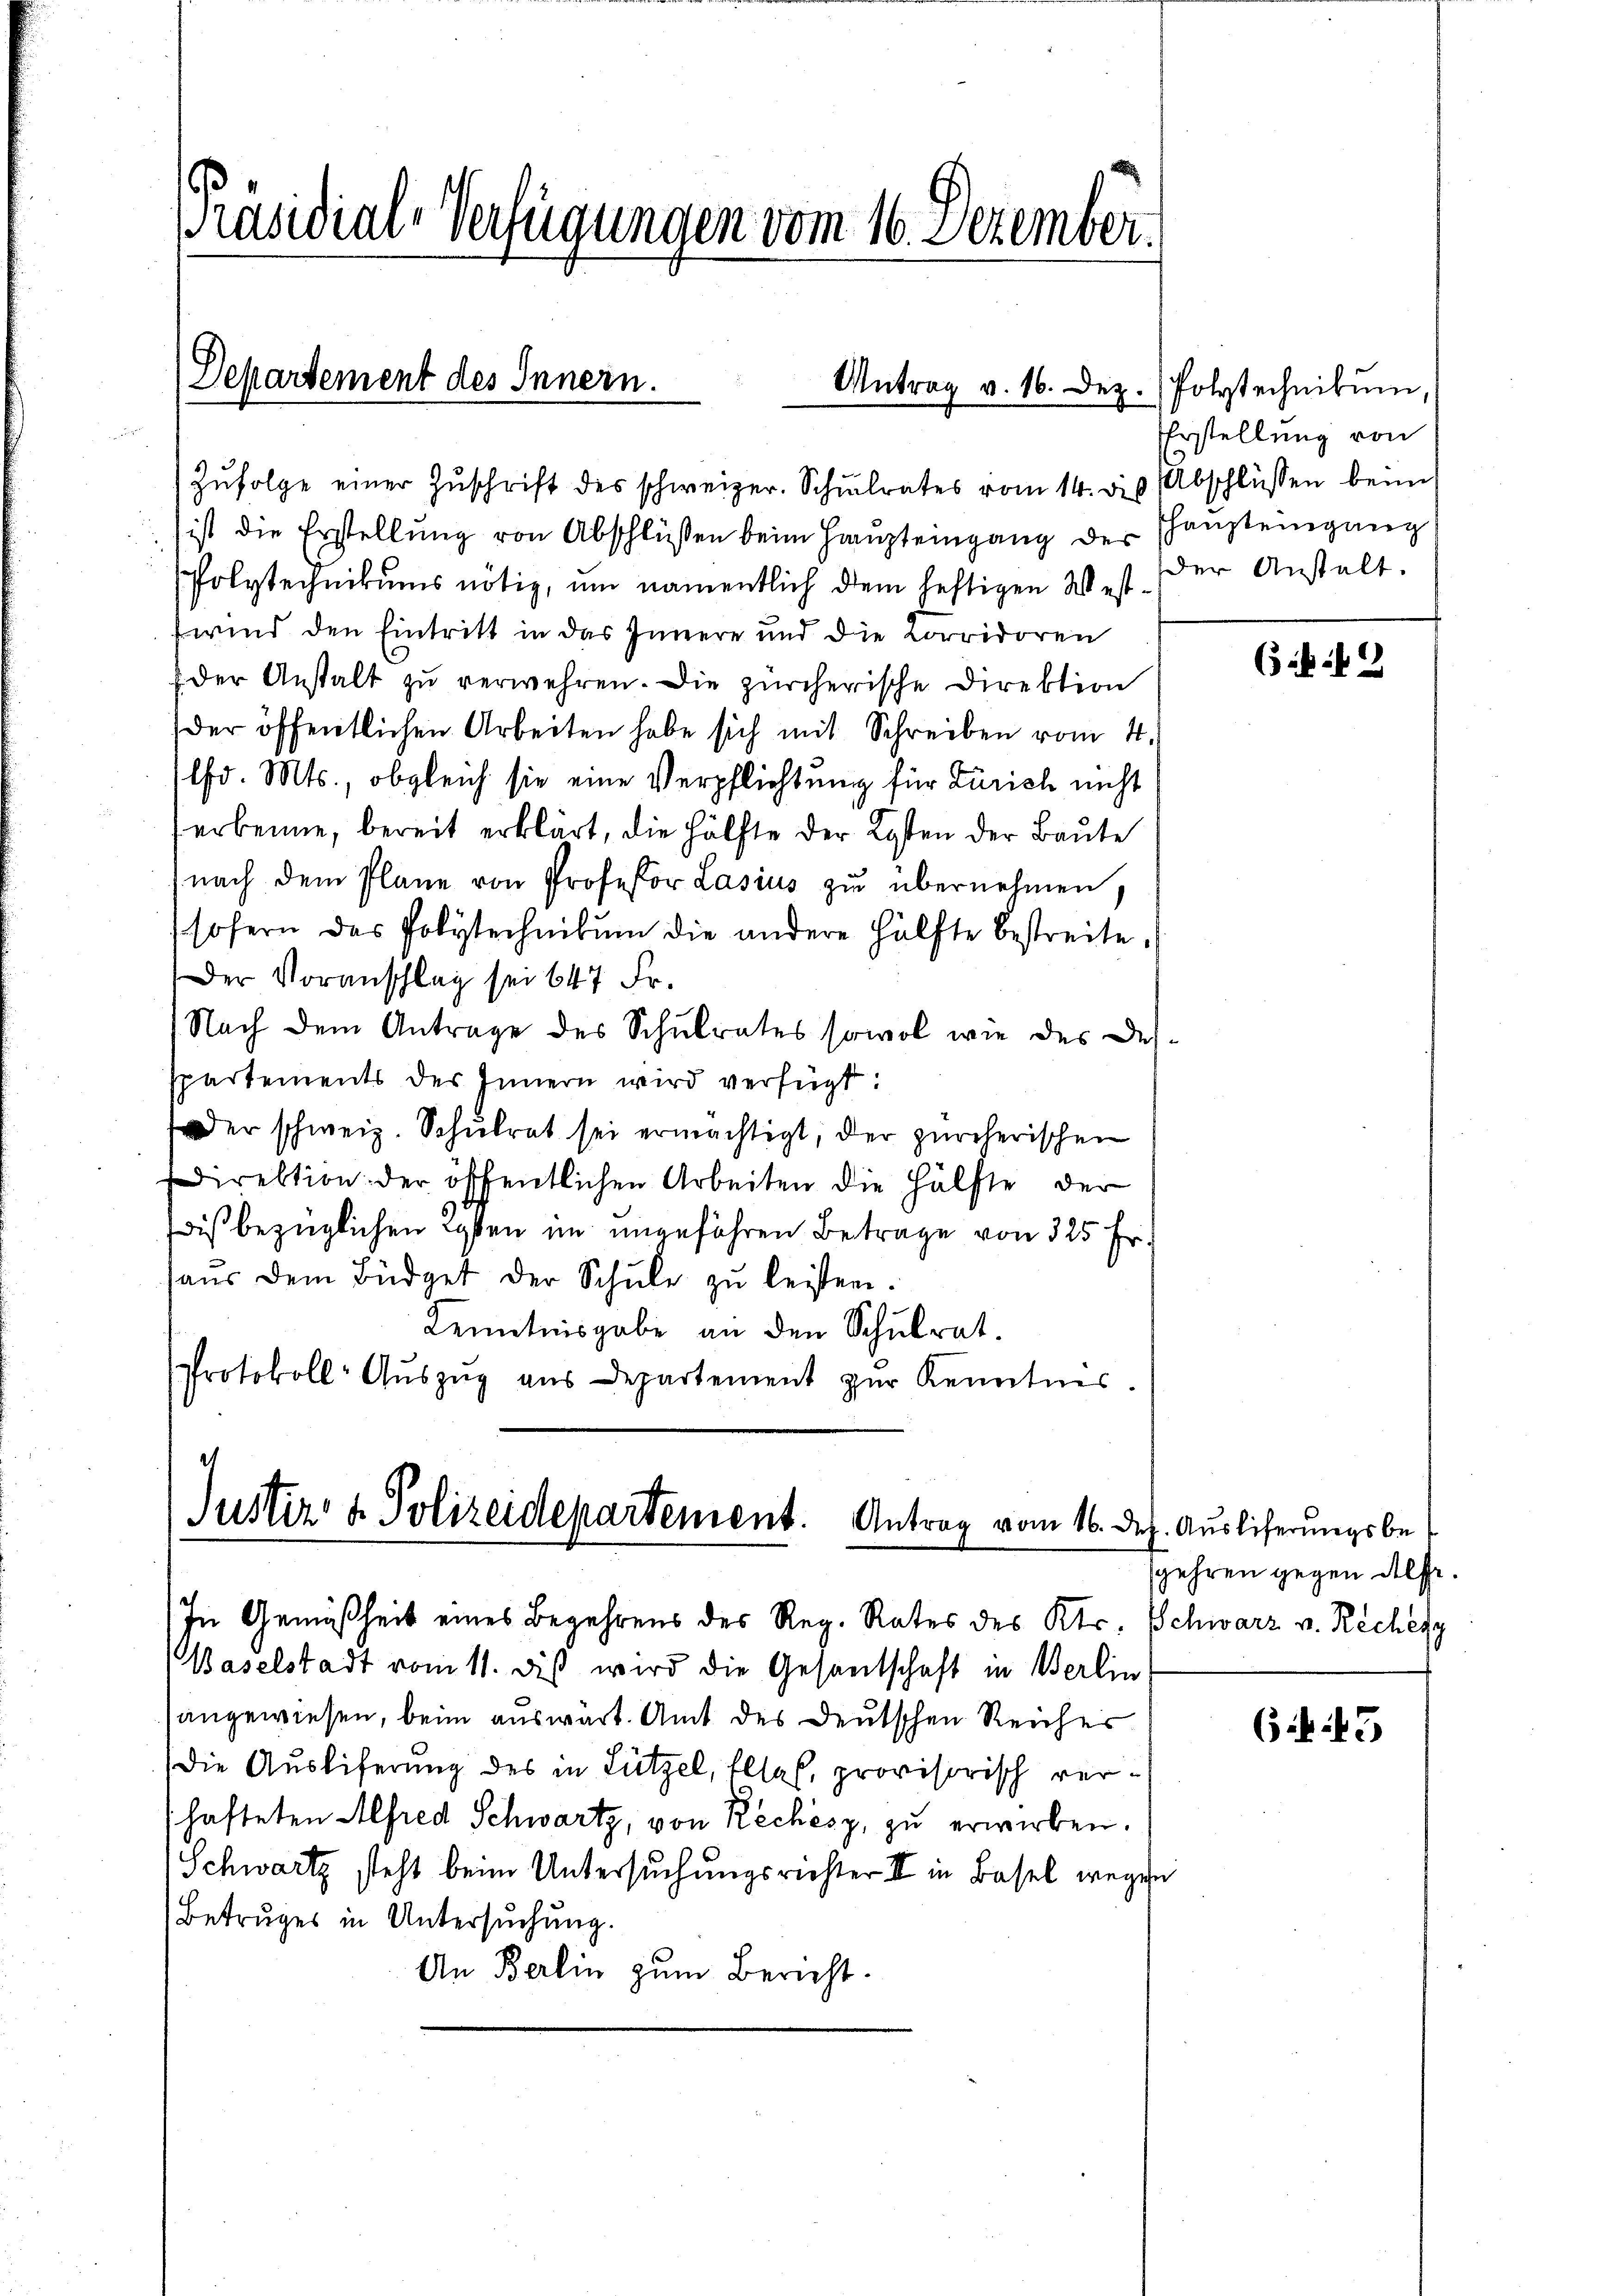
PPräsidial-Verfügungen vom 16. Dezember.

Zŭfolge einer Zŭschrift des schweizer. Schŭlrates vom 14. die Abschlüssen beim

Justiz- & Polizeidepartement. Antrag vom 16. de
In Gemäßheit eines Begehrens des Reg. Rates des Kts. Schwarz v. Recheng

Departement des Innern.
Antrag v. 16. Dez. Polytechnikum

ist die Erstellung von Abschlüssen beim Haupteingang der Thansteingang
folytechnikums nötig, um namentlich dem heftigen West. Der Anstalt:
wind den Eintritt in das Innere und die Corridoren
der Anstalt zu verwehren. Die zürcherische Direktion
der öffentlichen Arbeiten habe sich mit Schreiben vom 4.
lfd. Mts., obgleich sie eine Verpflichtung für Zürich nicht
erbenne, bereit erklärt, die Hälfte der Kosten der Baute
(nach dem Plane von Professor Lasius zu übernehmen,
sofern das Polytechnikum die andere Hälfte bestreite,
Der Voranschlag sei 647 Fr.
Nach dem Antrage des Schulrates sowol wie des Desspartements des Innern wird verfügt:
er schweiz. Schulrat sei ermächtigt, der zürcherischen
direktion der öffentlichen Arbeiten die Hälfte der
dis bezüglichen Kosten im ungeführen Betrage von 325 Fr.
haŭs dem Büdget der Schŭle zŭ leisten.
Kenntnisgabe an den Schulrat.
Protokoll- Aŭszŭg aus Departement zŭr Kenntnis.

Baselstadt vom 11. diβ wird die Gesantschaft in Berlin
angewiesen, beim auswart. Amt des Deutschen Reiches
Die Auslieferung des in Lützel, Elles, provisorisch verhafteten Alfred Schwartz, von Rechèsz, zu erwirken.
Schwartz steht beim Untersuchungsrichter II in Basel wegen
Betruges in Untersuchung.
An Berlin zum Bericht.

Erstellung von

2

h. Auslieferungsbesgehren gegen helfe.

645